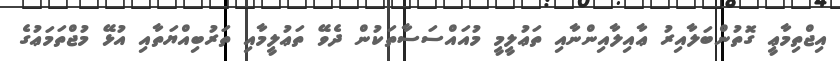
އިޖްތިމާޢީ ގޮތުންބަލާއިރު ޢާއިލާއިންނާއި ތަޢުލީމީ މުއައްސަސާތަކުން ދެވޭ ތަޢުލީމާއި ތަރުބިއްޔަތާއި އުޅޭ މުޖްތަމަޢުގެ